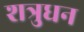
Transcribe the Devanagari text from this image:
शत्रुधन